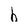
Character: b